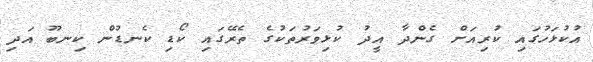
އުކުޅަހުގައި ކުރިއަށް ގެންދާ އީދު ކުޅިވަރުތަކުގެ ތެރޭގައި ކޯޑި ކެނޑުން ކިނބޫ އަދި